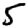
Digit: 5